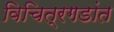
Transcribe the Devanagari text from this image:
विचित्रगडांत